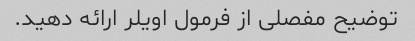
توضیح مفصلی از فرمول اویلر ارائه دهید.